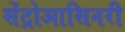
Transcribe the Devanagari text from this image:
सेंट्रोआसिनरी